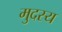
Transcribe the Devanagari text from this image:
मुदस्य